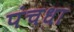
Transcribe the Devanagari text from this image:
पंचधा